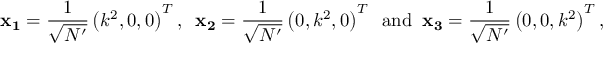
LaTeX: { \bf x _ { 1 } } = \frac { 1 } { \sqrt { N ^ { \prime } } } \left( k ^ { 2 } , 0 , 0 \right) ^ { T } , \; \; { \bf x _ { 2 } } = \frac { 1 } { \sqrt { N ^ { \prime } } } \left( 0 , k ^ { 2 } , 0 \right) ^ { T } \; \; \mathrm { a n d } \; \; { \bf x _ { 3 } } = \frac { 1 } { \sqrt { N ^ { \prime } } } \left( 0 , 0 , k ^ { 2 } \right) ^ { T } ,